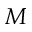
M